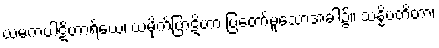
ယမကပါဋိဟာရိယေ၊ ယမိုက်ပြာဋိဟာ ပြတော်မူသောအခါ၌။ သန္နိပတိတာ၊